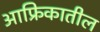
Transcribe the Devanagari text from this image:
आफ्रिकातील